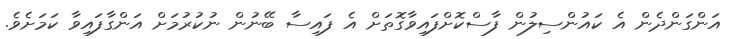
އަންގަންދެން އެ ކައުންސިލުން ފާސްކޮށްފައިވާގޮތަށް އެ ފައިސާ ބޭނުން ނުކުރުމަށް އަންގާފައިވާ ކަމަށެވެ.